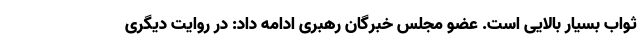
ثواب بسیار بالایی است. عضو مجلس خبرگان رهبری ادامه داد: در روایت دیگری